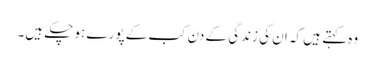
وہ کہتے ہیں کہ ان کی زندگی کے دن کب کے پورے ہو چکے ہیں۔